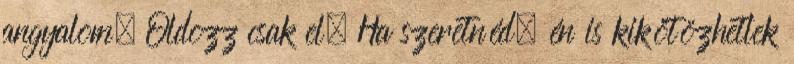
angyalom. Oldozz csak el. Ha szeretnéd, én is kikötözhetlek